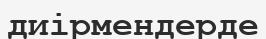
диірмендерде